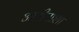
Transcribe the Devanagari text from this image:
अलीपाशा